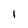
Character: 1